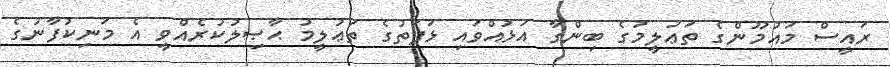
ރައީސް މައުމޫންގެ ތަޢުލީމުގެ ބިންގާ އަޅުއްވައި ޅަފަތުގެ ތަޢުލީމު ޙާޞިލުކުރެއްވީ އެ މަނިކުފާނުގެ